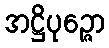
အဋ္ဌိပုဉ္ဇော